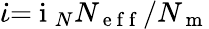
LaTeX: \dot{\iota}{=}\mathrm{~i~}_{N}N_{\mathrm{~e~f~f~}}/N_{\mathrm{~m~}}